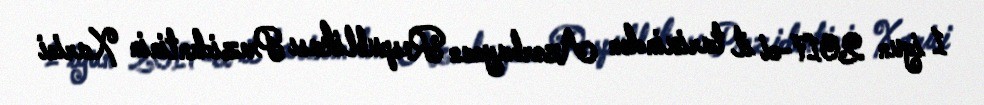
1 iyun 2017-ci il tarixindən Azərbaycan Respublikası Prezidentinin Xarici